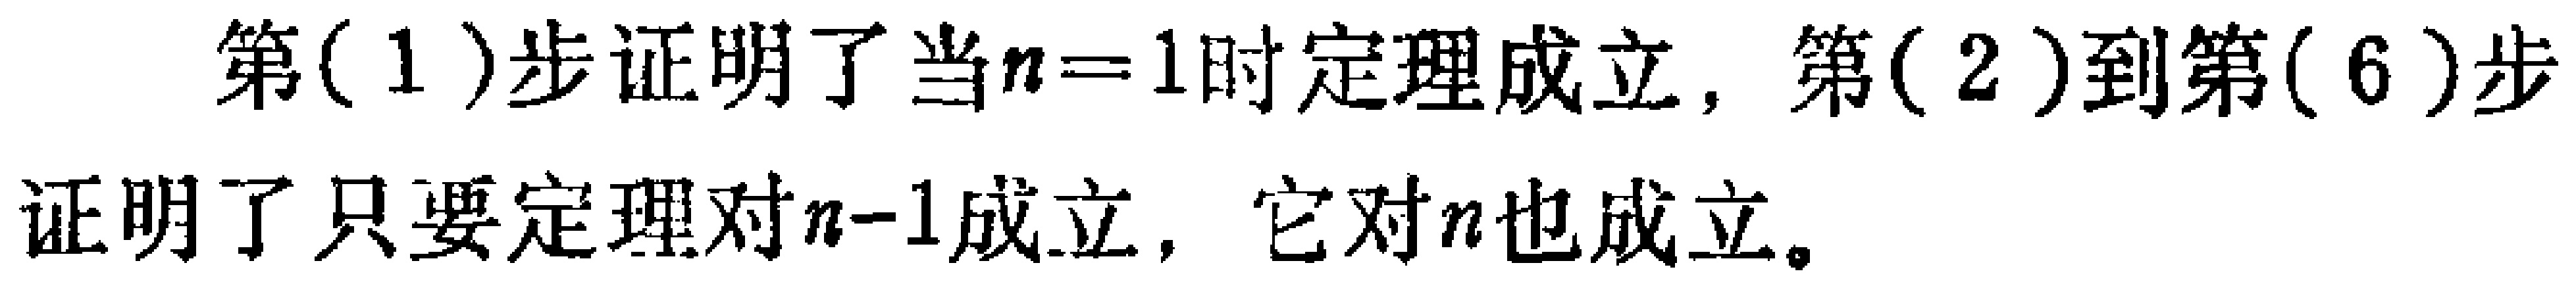
第(1)步证明了当\(n = 1\)时定理成立，第(2)到第(6)步证明了只要定理对\(n - 1\)成立，它对\(n\)也成立。